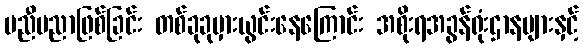
မညီမညာဖြစ်ခြင်း တစ်ခုခုမှားယွင်းနေကြောင်း အစိုးရအခွန်ရုံးဌာနများနှင့်